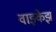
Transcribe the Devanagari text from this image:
वाझ्केझ